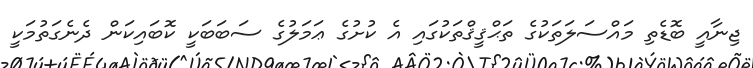
ޖިނާއީ ބޮޑެތި މައްސަލަތަކުގެ ތަޙްޤީޤްތަކުގައި އެ ކުށުގެ ޢަމަލުގެ ސަބަބަކީ ކޮބައިކަން ދެނެގަތުމަކީ